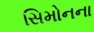
સિમોનના